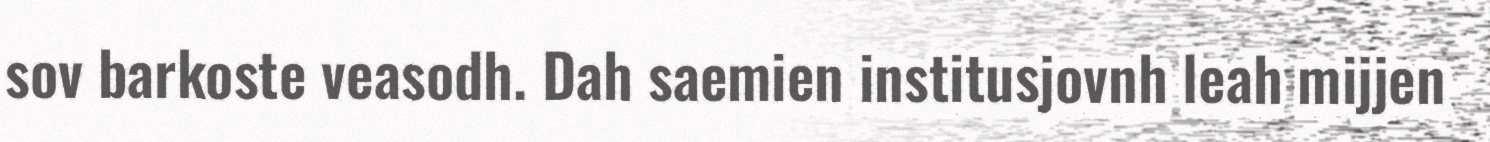
sov barkoste veasodh. Dah saemien institusjovnh leah mijjen